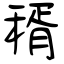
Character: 稰